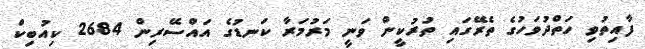
ފާއިތުވި ހަތްދުވަހުގެ ތެރޭގައި ތުރުކީން ވަނީ މަރުމަރާ ކަނޑުގެ އައްސޭރިން 2684 ކިއުބިކް